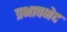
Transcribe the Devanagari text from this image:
प्रभावभेद